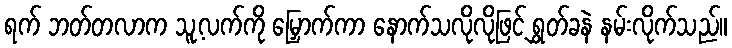
ရက် ဘတ်တလာက သူ့လက်ကို မြှောက်ကာ နောက်သလိုလိုဖြင့် ရွှတ်ခနဲ နမ်းလိုက်သည်။